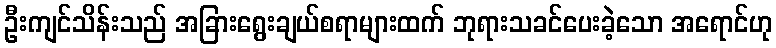
ဦးကျင်သိန်းသည် အခြားရွေးချယ်စရာများထက် ဘုရားသခင်ပေးခဲ့သော အရောင်ဟု